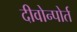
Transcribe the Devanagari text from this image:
दीवोन्पोर्त